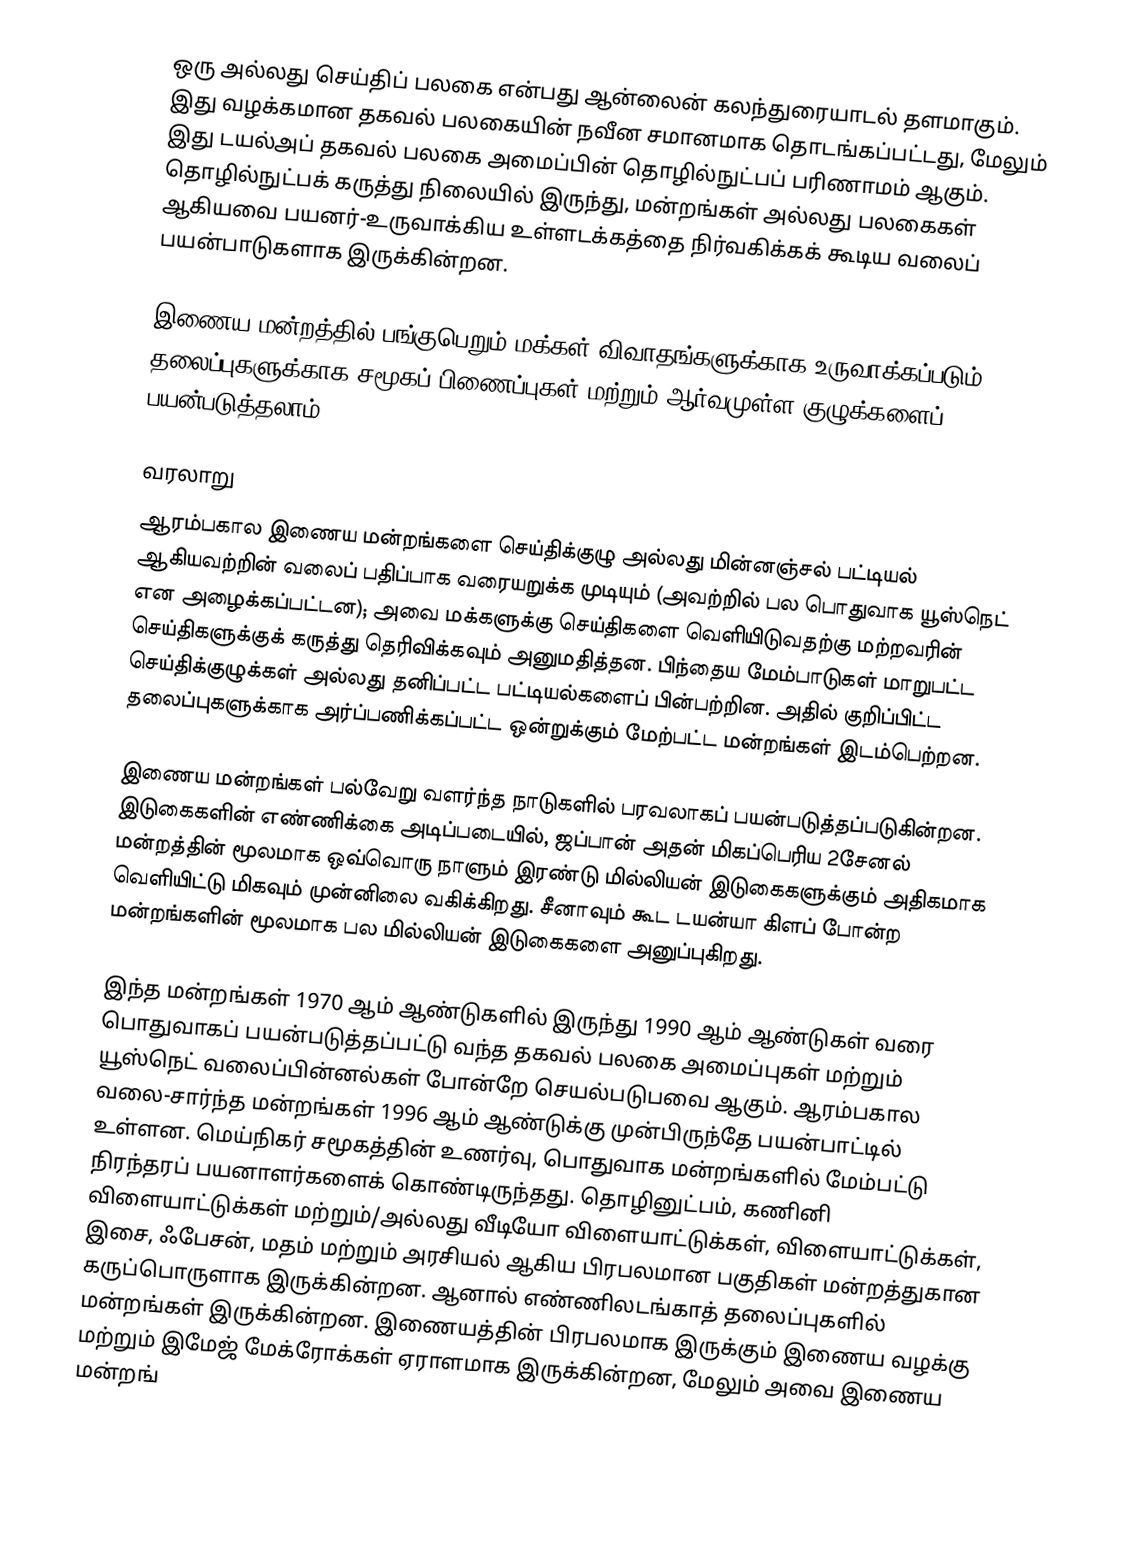
ஒரு  அல்லது செய்திப் பலகை என்பது ஆன்லைன் கலந்துரையாடல் தளமாகும். இது வழக்கமான தகவல் பலகையின் நவீன சமானமாக தொடங்கப்பட்டது, மேலும் இது டயல்அப் தகவல் பலகை அமைப்பின் தொழில்நுட்பப் பரிணாமம் ஆகும். தொழில்நுட்பக் கருத்து நிலையில் இருந்து, மன்றங்கள் அல்லது பலகைகள் ஆகியவை பயனர்-உருவாக்கிய உள்ளடக்கத்தை நிர்வகிக்கக் கூடிய வலைப் பயன்பாடுகளாக இருக்கின்றன.

இணைய மன்றத்தில் பங்குபெறும் மக்கள் விவாதங்களுக்காக உருவாக்கப்படும் தலைப்புகளுக்காக சமூகப் பிணைப்புகள் மற்றும் ஆர்வமுள்ள குழுக்களைப் பயன்படுத்தலாம்.

வரலாறு
ஆரம்பகால இணைய மன்றங்களை செய்திக்குழு அல்லது மின்னஞ்சல் பட்டியல் ஆகியவற்றின் வலைப் பதிப்பாக வரையறுக்க முடியும் (அவற்றில் பல பொதுவாக யூஸ்நெட் என அழைக்கப்பட்டன); அவை மக்களுக்கு செய்திகளை வெளியிடுவதற்கு மற்றவரின் செய்திகளுக்குக் கருத்து தெரிவிக்கவும் அனுமதித்தன. பிந்தைய மேம்பாடுகள் மாறுபட்ட செய்திக்குழுக்கள் அல்லது தனிப்பட்ட பட்டியல்களைப் பின்பற்றின. அதில் குறிப்பிட்ட தலைப்புகளுக்காக அர்ப்பணிக்கப்பட்ட ஒன்றுக்கும் மேற்பட்ட மன்றங்கள் இடம்பெற்றன.

இணைய மன்றங்கள் பல்வேறு வளர்ந்த நாடுகளில் பரவலாகப் பயன்படுத்தப்படுகின்றன. இடுகைகளின் எண்ணிக்கை அடிப்படையில், ஜப்பான் அதன் மிகப்பெரிய 2சேனல் மன்றத்தின் மூலமாக ஒவ்வொரு நாளும் இரண்டு மில்லியன் இடுகைகளுக்கும் அதிகமாக வெளியிட்டு மிகவும் முன்னிலை வகிக்கிறது. சீனாவும் கூட டயன்யா கிளப் போன்ற மன்றங்களின் மூலமாக பல மில்லியன் இடுகைகளை அனுப்புகிறது.

இந்த மன்றங்கள் 1970 ஆம் ஆண்டுகளில் இருந்து 1990 ஆம் ஆண்டுகள் வரை பொதுவாகப் பயன்படுத்தப்பட்டு வந்த தகவல் பலகை அமைப்புகள் மற்றும் யூஸ்நெட் வலைப்பின்னல்கள் போன்றே செயல்படுபவை ஆகும். ஆரம்பகால வலை-சார்ந்த மன்றங்கள் 1996 ஆம் ஆண்டுக்கு முன்பிருந்தே பயன்பாட்டில் உள்ளன. மெய்நிகர் சமூகத்தின் உணர்வு, பொதுவாக மன்றங்களில் மேம்பட்டு நிரந்தரப் பயனாளர்களைக் கொண்டிருந்தது. தொழினுட்பம், கணினி விளையாட்டுக்கள் மற்றும்/அல்லது வீடியோ விளையாட்டுக்கள், விளையாட்டுக்கள், இசை, ஃபேசன், மதம் மற்றும் அரசியல் ஆகிய பிரபலமான பகுதிகள் மன்றத்துகான கருப்பொருளாக இருக்கின்றன. ஆனால் எண்ணிலடங்காத் தலைப்புகளில் மன்றங்கள் இருக்கின்றன. இணையத்தின் பிரபலமாக இருக்கும் இணைய வழக்கு மற்றும் இமேஜ் மேக்ரோக்கள் ஏராளமாக இருக்கின்றன, மேலும் அவை இணைய மன்றங்